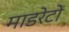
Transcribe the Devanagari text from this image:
माडरेटों